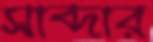
সাব্দার